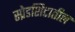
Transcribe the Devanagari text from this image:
स्प्रेडशिटातील